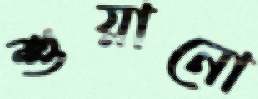
শুয়ানো